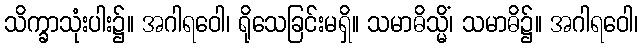
သိက္ခာသုံးပါး၌။ အဂါရဝေါ၊ ရိုသေခြင်းမရှိ။ သမာဓိသ္မိံ၊ သမာဓိ၌။ အဂါရဝေါ၊